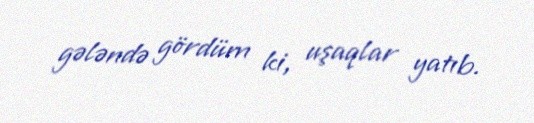
gələndə gördüm ki, uşaqlar yatıb.